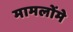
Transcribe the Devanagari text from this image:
मामलोंमे